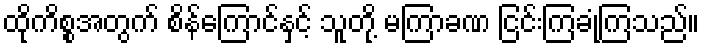
ထိုကိစ္စအတွက် စိန်ကြောင်နှင့် သူတို့ မကြာခဏ ငြင်းကြခုံကြသည်။